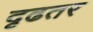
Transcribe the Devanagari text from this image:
दृढतर